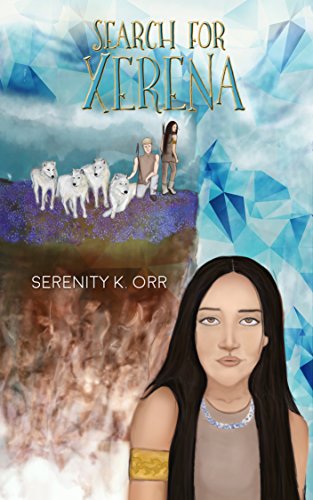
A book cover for Search for Xerena; Serenity Orr; Teen & Young Adult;